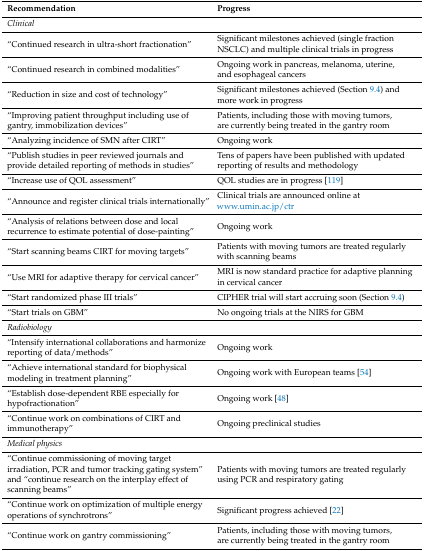
<table><thead><tr><td><b>Recommendation</b></td><td><b>Progress</b></td></tr></thead><tbody><tr><td colspan="2"><i>Clinical</i></td></tr><tr><td>“Continued research in ultra-short fractionation”</td><td>Significant milestones achieved (single fraction NSCLC) and multiple clinical trials in progress</td></tr><tr><td>“Continued research in combined modalities”</td><td>Ongoing work in pancreas, melanoma, uterine, and esophageal cancers</td></tr><tr><td>“Reduction in size and cost of technology”</td><td>Significant milestones achieved (Section 9.4) and more work in progress</td></tr><tr><td>“Improving patient throughput including use of gantry, immobilization devices”</td><td>Patients, including those with moving tumors, are currently being treated in the gantry room</td></tr><tr><td>“Analyzing incidence of SMN after CIRT”</td><td>Ongoing work</td></tr><tr><td>“Publish studies in peer reviewed journals and provide detailed reporting of methods in studies”</td><td>Tens of papers have been published with updated reporting of results and methodology</td></tr><tr><td>“Increase use of QOL assessment”</td><td>QOL studies are in progress [119]</td></tr><tr><td>“Announce and register clinical trials internationally”</td><td>Clinical trials are announced online at www.umin.ac.jp/ctr</td></tr><tr><td>“Analysis of relations between dose and local recurrence to estimate potential of dose-painting”</td><td>Ongoing work</td></tr><tr><td>“Start scanning beams CIRT for moving targets”</td><td>Patients with moving tumors are treated regularly with scanning beams</td></tr><tr><td>“Use MRI for adaptive therapy for cervical cancer”</td><td>MRI is now standard practice for adaptive planning in cervical cancer</td></tr><tr><td>“Start randomized phase III trials”</td><td>CIPHER trial will start accruing soon (Section 9.4)</td></tr><tr><td>“Start trials on GBM”</td><td>No ongoing trials at the NIRS for GBM</td></tr><tr><td colspan="2"><i>Radiobiology</i></td></tr><tr><td>“Intensify international collaborations and harmonize reporting of data/methods”</td><td>Ongoing work</td></tr><tr><td>“Achieve international standard for biophysical modeling in treatment planning”</td><td>Ongoing work with European teams [54]</td></tr><tr><td>“Establish dose-dependent RBE especially for hypofractionation”</td><td>Ongoing work [48]</td></tr><tr><td>“Continue work on combinations of CIRT and immunotherapy”</td><td>Ongoing preclinical studies</td></tr><tr><td colspan="2"><i>Medical physics</i></td></tr><tr><td>“Continue commissioning of moving target irradiation, PCR and tumor tracking gating system” and “continue research on the interplay effect of scanning beams”</td><td>Patients with moving tumors are treated regularly using PCR and respiratory gating</td></tr><tr><td>“Continue work on optimization of multiple energy operations of synchrotrons”</td><td>Significant progress achieved [22]</td></tr><tr><td>“Continue work on gantry commissioning”</td><td>Patients, including those with moving tumors, are currently being treated in the gantry room</td></tr></tbody></table>